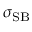
\sigma _ { \mathrm { S B } }